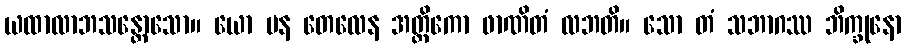
ယထာလာဘသန္တောသော။ ယော ပန တေလေန အတ္ထိကော ဖာဏိတံ လဘတိ။ သော တံ သဘာဂဿ ဘိက္ခုနော